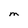
Character: M